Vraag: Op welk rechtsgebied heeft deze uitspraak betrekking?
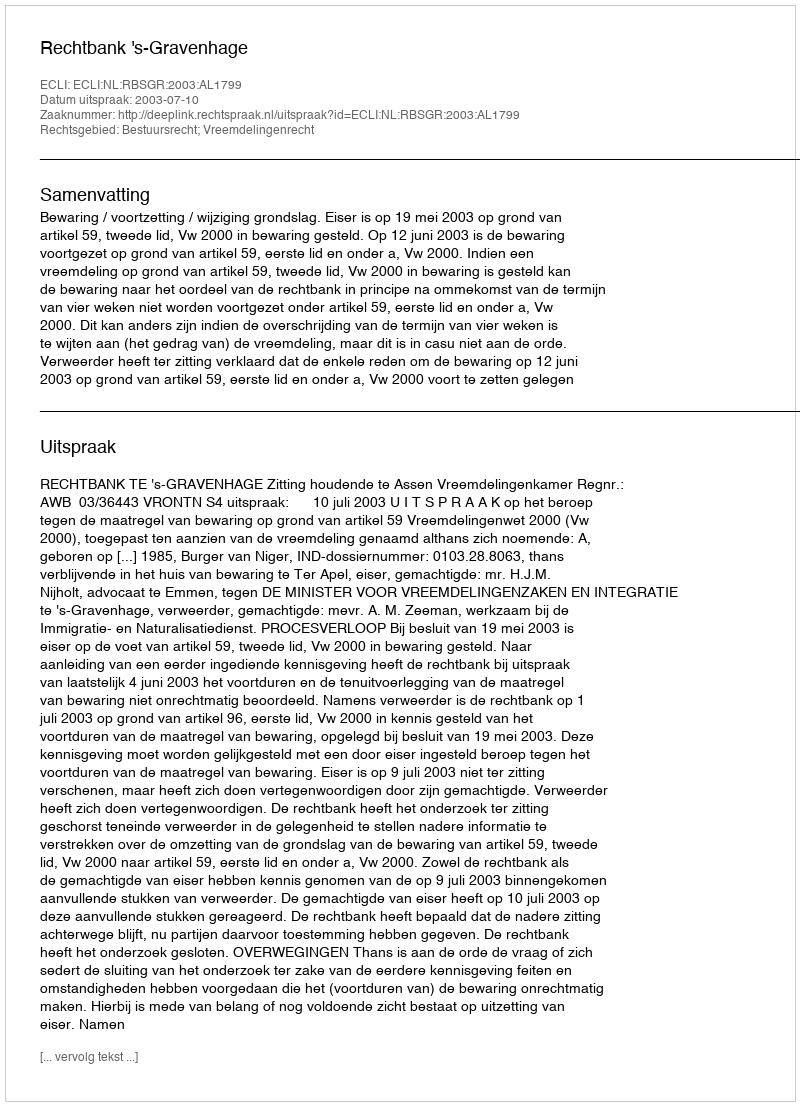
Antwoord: Bestuursrecht; Vreemdelingenrecht